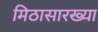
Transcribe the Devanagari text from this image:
मिठासारख्या